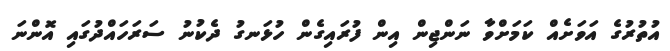
އުތުރުގެ އަވަށެއް ކަމަށްވާ ނަންޖިން އިން ފުރައިގެން ހުޅަނގު ދެކުނު ސަރަހައްދުގައި އޮންނަ